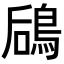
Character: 𬷎